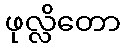
ဖုလ္လိတော